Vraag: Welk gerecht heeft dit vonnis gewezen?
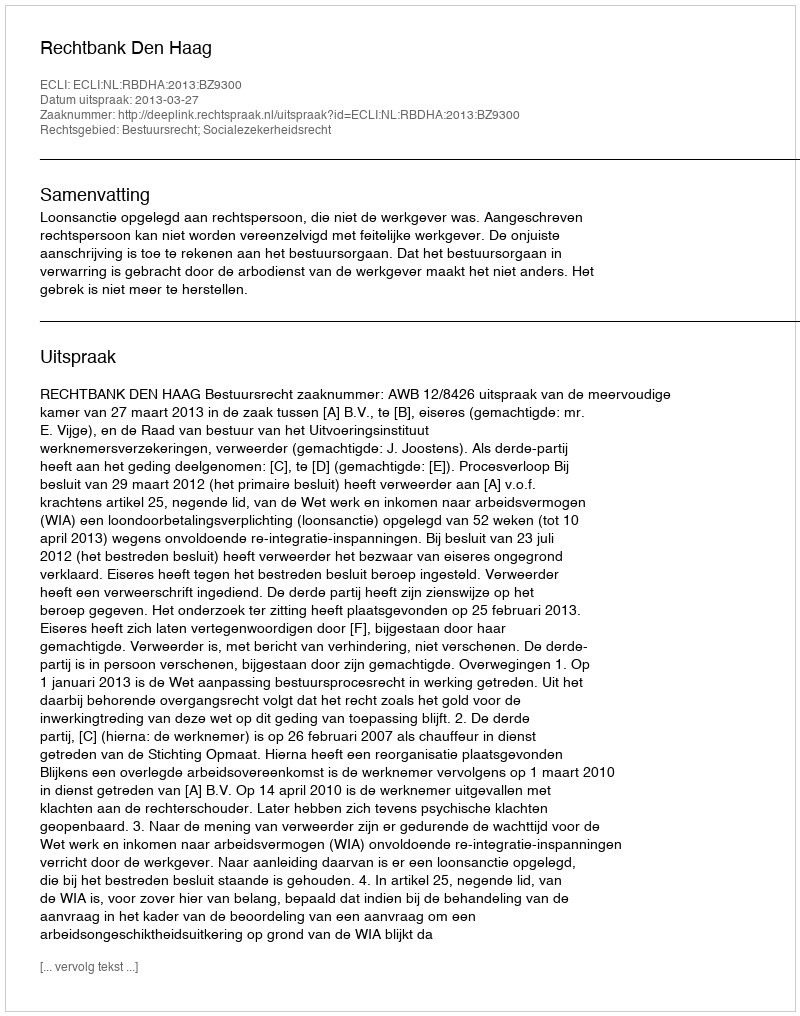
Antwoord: Rechtbank Den Haag